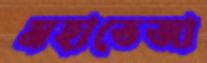
মহাতেজা